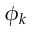
\phi _ { k }